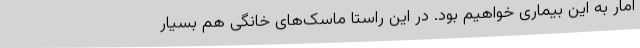
آمار به این بیماری خواهیم بود. در این راستا ماسک‌های خانگی هم بسیار